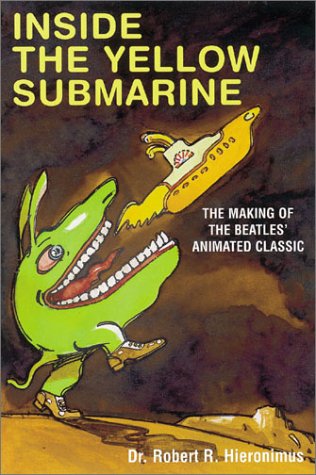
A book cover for Inside the Yellow Submarine; Robert R. Hieronimus; Crafts, Hobbies & Home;